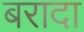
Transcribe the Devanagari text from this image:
बरादा